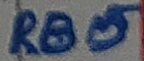
Text: RB5